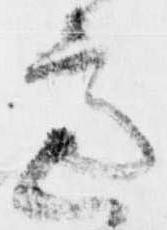
慮